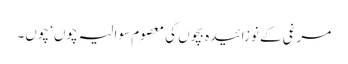
مرغی کے نوزائیدہ بچوں کی معصوم سوالیہ چوں‘ چوں۔